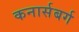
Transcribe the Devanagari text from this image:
कनार्सबर्ग